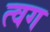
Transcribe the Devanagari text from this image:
त्वग